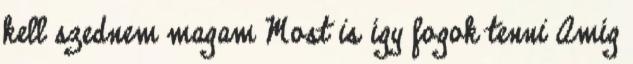
kell szednem magam Most is így fogok tenni Amíg